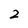
Character: 2